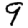
Digit: 9